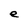
Character: e